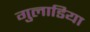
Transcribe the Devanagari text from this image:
गुलाडिया